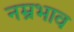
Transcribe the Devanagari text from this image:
नम्रभाव